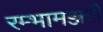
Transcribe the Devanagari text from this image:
रम्भामञ्जरी